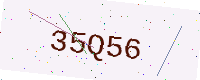
Text: 35Q56